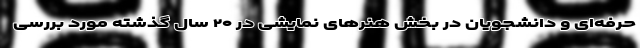
حرفه‌ای و دانشجویان در بخش هنرهای نمایشی در ۲۰ سال گذشته مورد بررسی